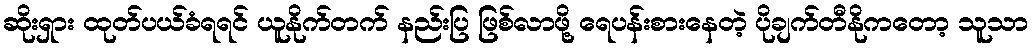
ဆိုးရှား ထုတ်ပယ်ခံရရင် ယူနိုက်တက် နည်းပြ ဖြစ်လာဖို့ ရေပန်းစားနေတဲ့ ပိုချက်တီနိုကတော့ သူသာ